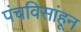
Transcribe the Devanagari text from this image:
पंचविसांहून